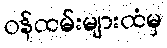
ဝန်ထမ်းများထံမှ